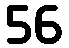
56